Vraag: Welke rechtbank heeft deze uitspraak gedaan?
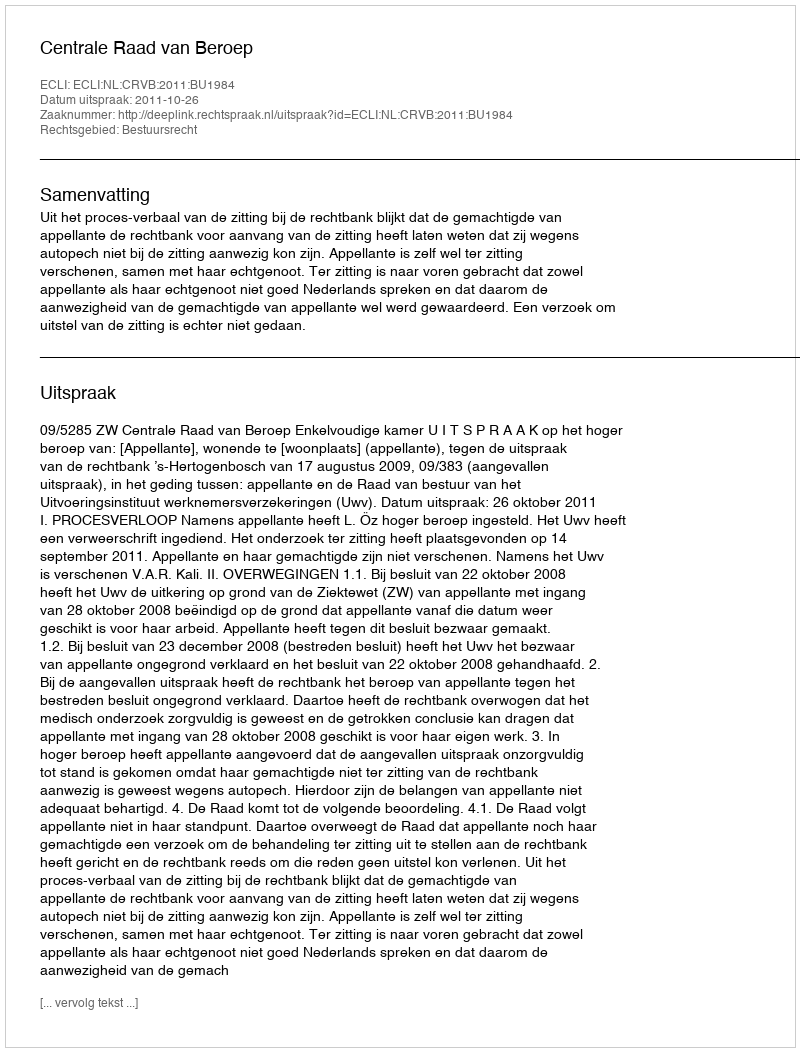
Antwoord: Centrale Raad van Beroep